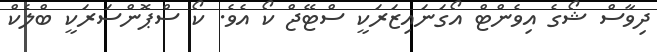
ދިވާސް ޝޯގެ އިވެންޓް އޯގަނައިޒަރަކީ ސްޓޭޖް ކޯ އެވެ. ކޯ ސްޕޮންސަރަކީ ބްލެކް